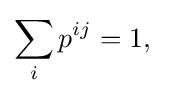
\sum _{i}p^{ij}=1,\